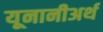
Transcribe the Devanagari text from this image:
यूनानीअर्थ